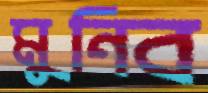
মুনিব